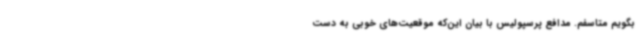
بگویم متاسفم. مدافع پرسپولیس با بیان این‌که موقعیت‌های خوبی به دست